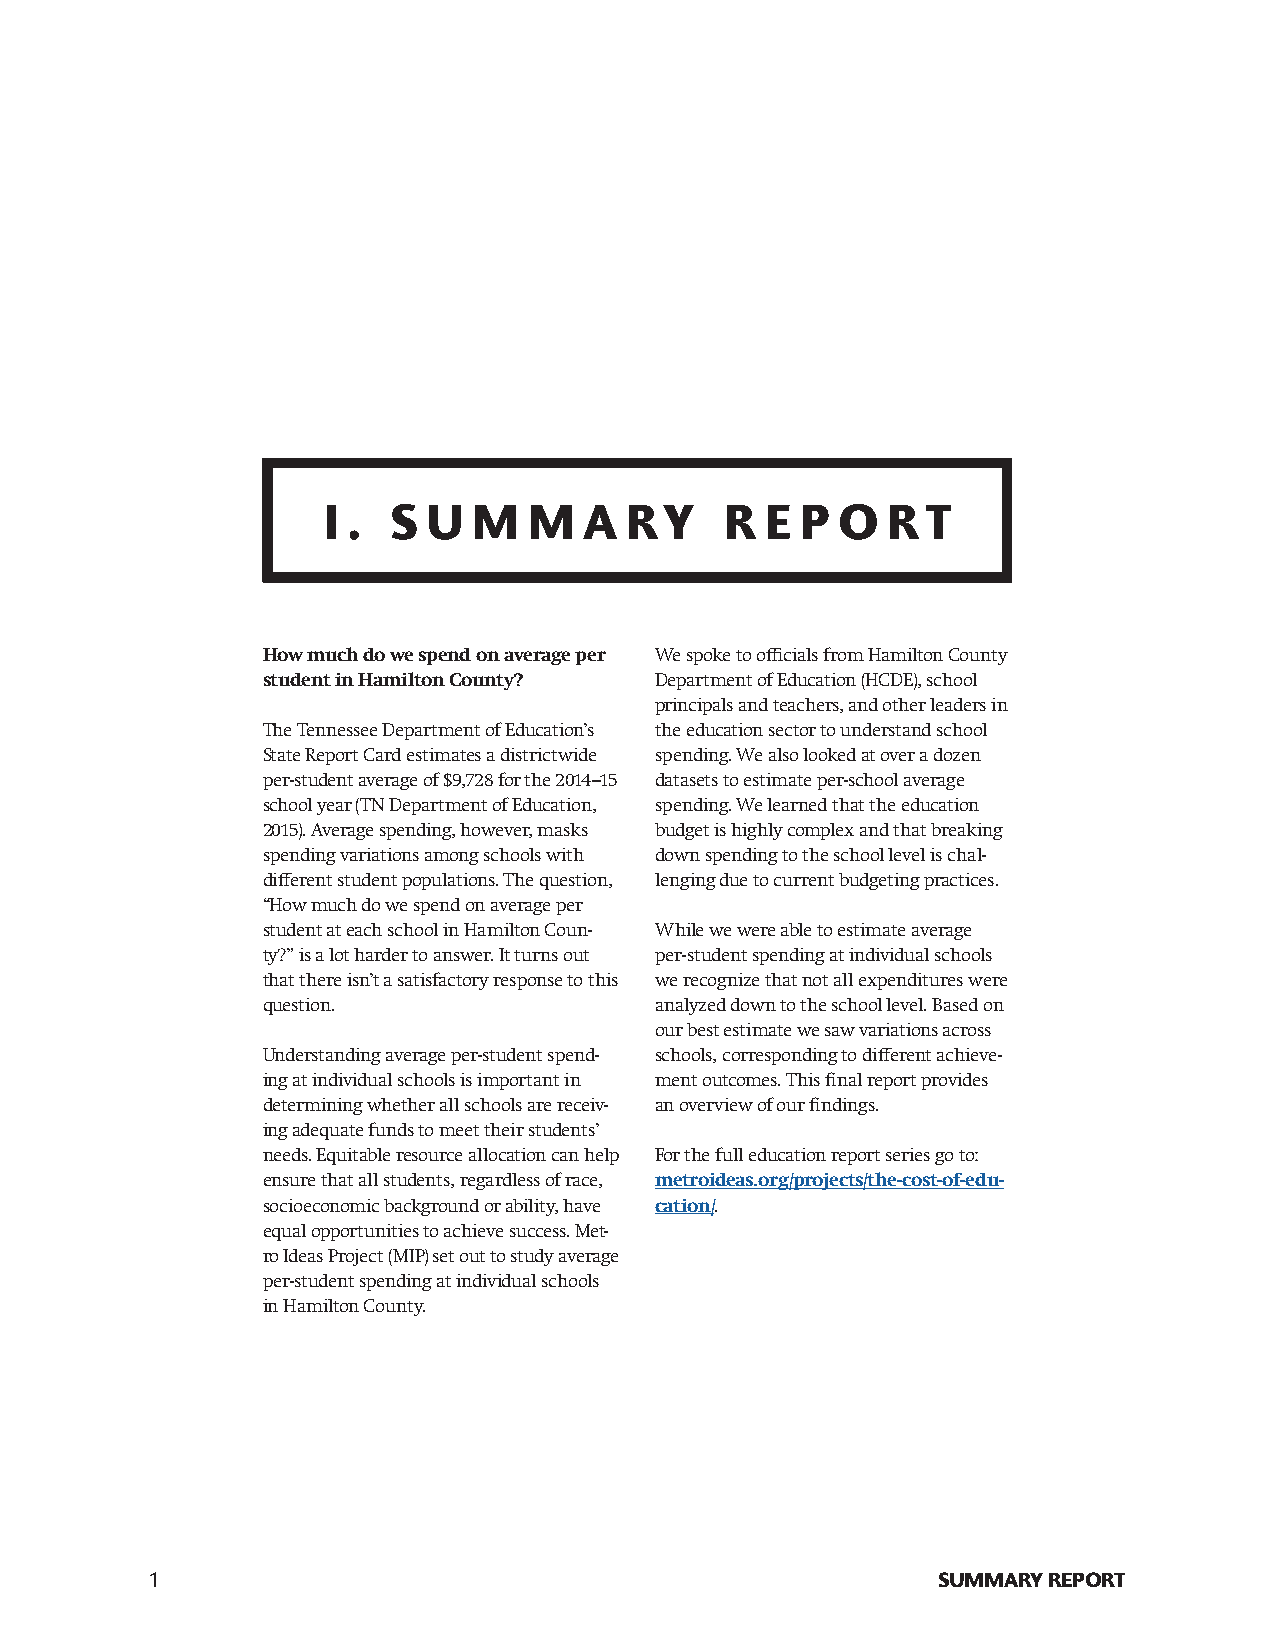
I .  S U  M   M   A RY     R  E P O   RT
 How much do we spend on average per We spoke to officials from Hamilton County
 student in Hamilton County? Department of Education (HCDE), school
 principals and teachers, and other leaders in
 The Tennessee Department of Education’s the education sector to understand school
 State Report Card estimates a districtwide spending. We also looked at over a dozen
 per-student average of $9,728 for the 2014–15 datasets to estimate per-school average
 school year (TN Department of Education, spending. We learned that the education
 2015). Average spending, however, masks budget is highly complex and that breaking
 spending variations among schools with down spending to the school level is chal-
 different student populations. The question, lenging due to current budgeting practices.
 “How much do we spend on average per
 student at each school in Hamilton Coun- While we were able to estimate average
 ty?” is a lot harder to answer. It turns out per-student spending at individual schools
 that there isn’t a satisfactory response to this we recognize that not all expenditures were
 question.                 analyzed down to the school level. Based on
 our best estimate we saw variations across
 Understanding average per-student spend- schools, corresponding to different achieve-
 ing at individual schools is important in ment outcomes. This final report provides
 determining whether all schools are receiv- an overview of our findings.
 ing adequate funds to meet their students’
 needs. Equitable resource allocation can help For the full education report series go to:
 ensure that all students, regardless of race, metroideas.org/projects/the-cost-of-edu-
 socioeconomic background or ability, have cation/.
 equal opportunities to achieve success. Met-
 ro Ideas Project (MIP) set out to study average
 per-student spending at individual schools
 in Hamilton County.
 1                                                   SUMMARY REPORT